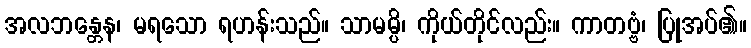
အလဘန္တေန၊ မရသော ရဟန်းသည်။ သာမမ္ပိ၊ ကိုယ်တိုင်လည်း။ ကာတဗ္ဗံ၊ ပြုအပ်၏။